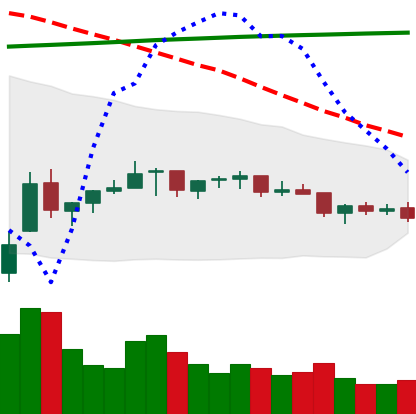
Ticker: TRX-USD
Chart end date: 2021-07-12
Forward return: -7.022%
Label: down_7plus